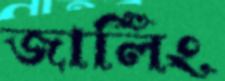
জার্লিং